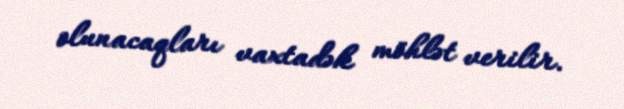
olunacaqları vaxtadək möhlət verilir.